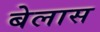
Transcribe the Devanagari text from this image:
बेलास